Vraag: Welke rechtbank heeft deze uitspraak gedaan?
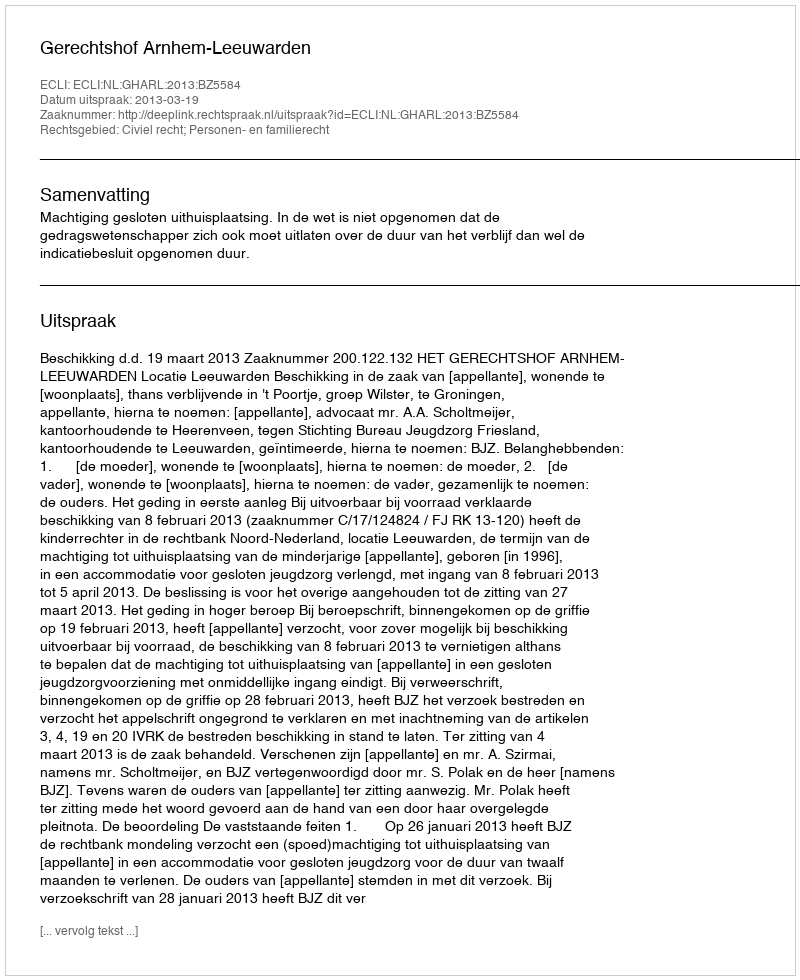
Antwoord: Gerechtshof Arnhem-Leeuwarden